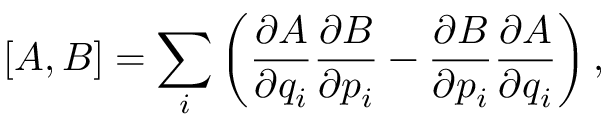
[ A , B ] = \sum _ { i } \left( \frac { \partial A } { \partial q _ { i } } \frac { \partial B } { \partial p _ { i } } - \frac { \partial B } { \partial p _ { i } } \frac { \partial A } { \partial q _ { i } } \right) ,